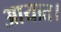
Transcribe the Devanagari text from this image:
आयात।